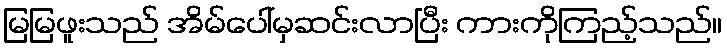
မြမြဖူးသည် အိမ်ပေါ်မှဆင်းလာပြီး ကားကိုကြည့်သည်။